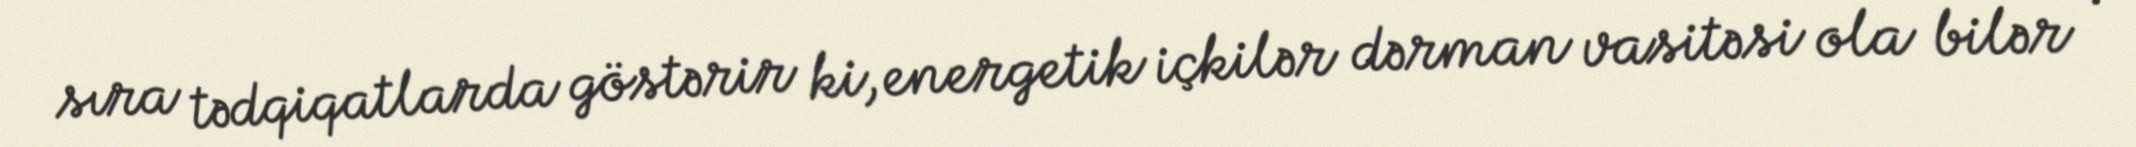
sıra tədqiqatlarda göstərir ki, energetik içkilər dərman vasitəsi ola bilər .